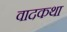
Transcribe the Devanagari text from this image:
वादकथा